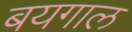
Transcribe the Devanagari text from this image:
बयगाल